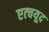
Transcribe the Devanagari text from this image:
एत्चयूद